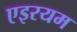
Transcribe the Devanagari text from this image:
एइरयम